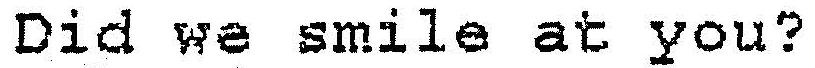
DID WE SMILE AT YOU?